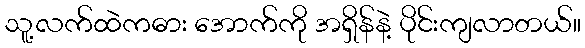
သူ့လက်ထဲကဓား အောက်ကို အရှိန်နဲ့ ပိုင်းကျလာတယ်။